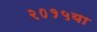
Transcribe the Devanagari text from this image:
२०१५या